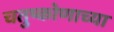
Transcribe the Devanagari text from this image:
चतुष्कोणाच्या